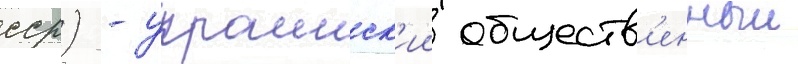
сср) - украинск'ии обществ'енныи